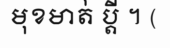
មុខមាត់ ប្តី ។ (